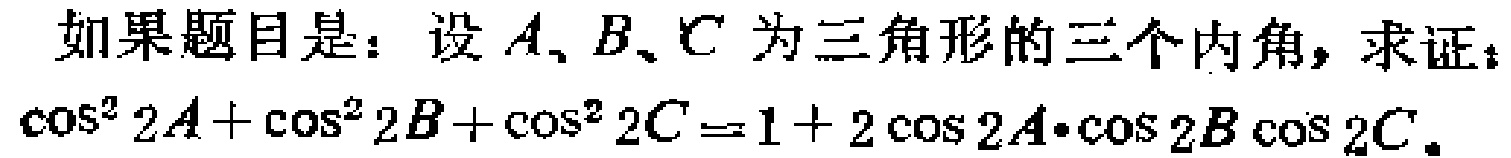
如果题目是：设\(A、B、C\)为三角形的三个内角，求证：
\(\cos^{2}2A + \cos^{2}2B + \cos^{2}2C = 1 + 2\cos2A\cdot\cos2B\cos2C\)。